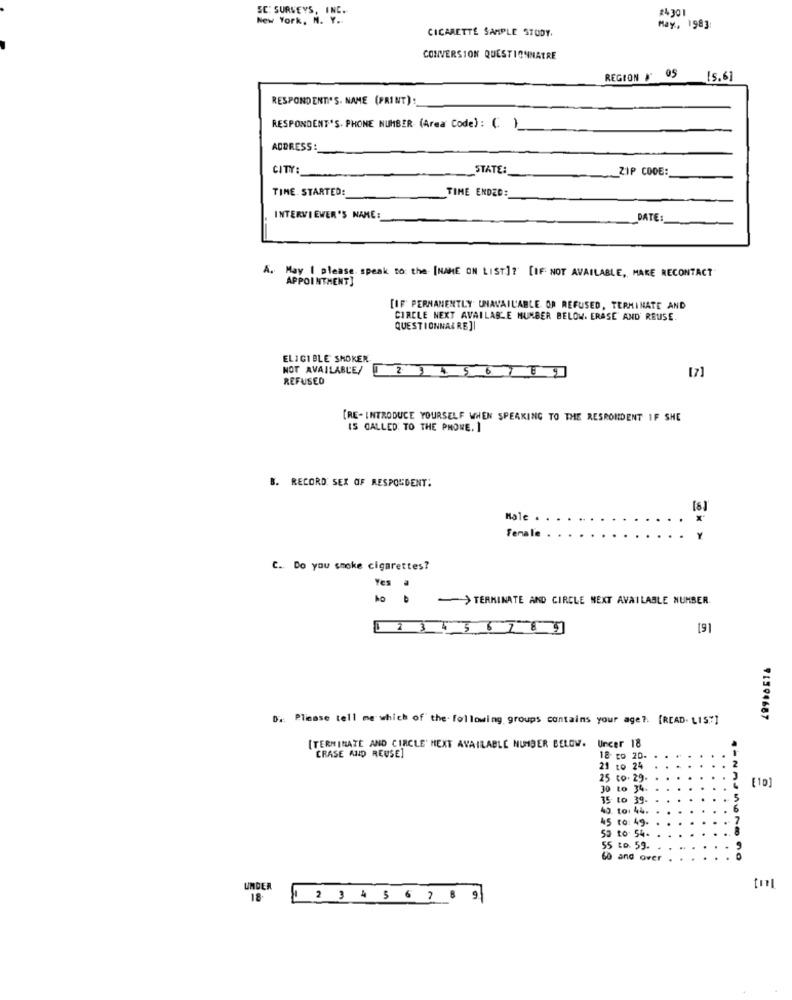
SE: SURVEYS, INC.
4301
New York, N. Y ..
May ., 1983:
CIGARETTE SAMPLE STUDY.
CONVERSION QUESTIONNAIRE
REGION F' 05 15.6]
RESPONDENTI'S. NAME (PRINT)
RESPONDENT'S. PHONE NUMBER (Area Code): C.)
ADDRESS:
CITY:
STATE:
ZIP CODE:
TINE STARTED:
TIME ENDED:
INTERVIEWER'S NAME :
DATE:
A. May I please speak to the [NAME ON LIST]? [IF NOT AVAILABLE, MAKE RECONTACT
APPOINTMENT]
[IF PERMANENTLY UNAVAILABLE. OR REFUSED, TERMINATE AND
CIRCLE NEXT AVAILABLE MUMBER BELOW. ERASE AND REUSE.
QUESTIONNAIREJI
ELIGIBLE SHOKEN
NOT AVAILABLE/ 2 1 19
[7]
REFUSED
[RE- INTRODUCE YOURSELF WHEN SPEAKING TO THE RESPONDENT IF SHE
IS CALLED TO THE PHONE. 1
. RECORD SEX OF RESPONDENT:
[6]
Hale .
*
Female
C. Do you smoke cigarettes?
Yes .
-TERMINATE AND CIRCLE NEXT AVAILABLE NUMBER
1 .36789
[9]
Da: Please tell me which of the- following groups contains your age ?. [READ. LIS"]
91594687
[TERMINATE AND CIRCLE' MEXT AVAILABLE NUMBER BELOW.
Uncer 18
CRASE AND REUSE]
18 to 20.
21 to 24
to 34.
[10]
5 to 39.
40. to: 44.
45 10: 49-
59 to 54.
55 to. 59.
60 and over
UNDER
18.
23456 7 8 9